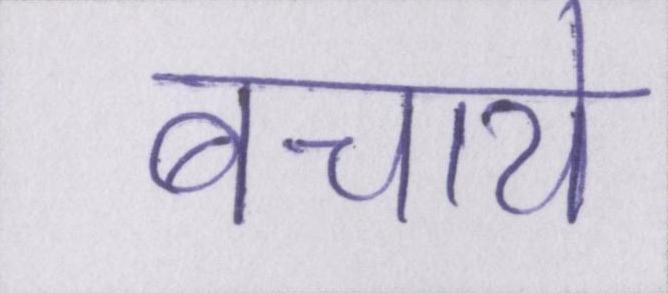
बचाये